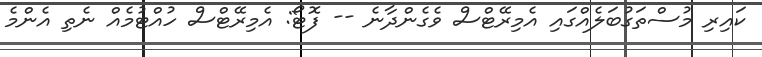
ކައިރި މުސްތަގުބަލެއްގައި އެމިރޭޓްސް ވެގެންދާނެ -- ފޮޓޯ: އެމިރޭޓްސް ހުއްޓުމެއް ނެތި އެންމެ